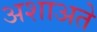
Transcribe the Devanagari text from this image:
अशाअते